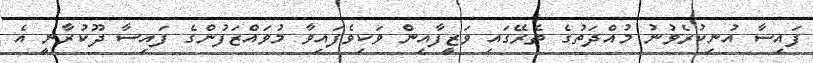
ފައިސާ އުނިކުރެވުނު މުއްދަތުގެ ތެރޭގައި ވަޒީފާއިން ވަކިވެފައިވާ މުވައްޒަފުންގެ ފައިސާ ދޫކުރާނީ އެ